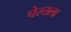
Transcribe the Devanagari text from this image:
चेरतला